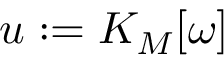
u : = K _ { M } [ \omega ]